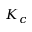
K _ { c }